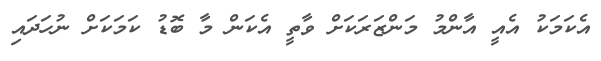
އެކަމަކު އެއީ އާންމު މަންޒަރަކަށް ވާތީ އެކަން މާ ބޮޑު ކަމަކަށް ނުހަދައި